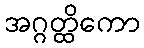
အဂ္ဂတ္ထိကော